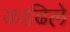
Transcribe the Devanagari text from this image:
काढिले